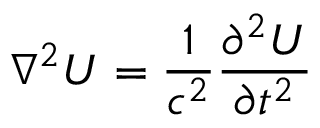
\nabla ^ { 2 } U = { \frac { 1 } { c ^ { 2 } } } { \frac { \partial ^ { 2 } U } { \partial t ^ { 2 } } }